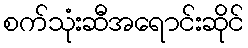
စက်သုံးဆီအရောင်းဆိုင်